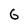
Character: G